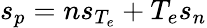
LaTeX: s_{p}=ns_{T_{e}}+T_{e}s_{n}